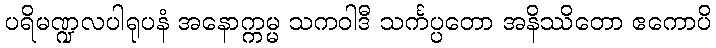
ပရိမဏ္ဍလပါရုပနံ အနောက္ကမ္မ သကဝါဒီ သင်္ကပ္ပတော အနိဿိတော ဧကောပိ